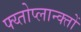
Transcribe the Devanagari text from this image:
फ्य्तोप्लान्क्तों